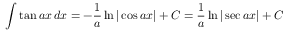
\int \tan a x \, d x = - { \frac { 1 } { a } } \ln | \cos a x | + C = { \frac { 1 } { a } } \ln | \sec a x | + C